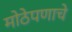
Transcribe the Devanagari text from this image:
मोठेपणाचे